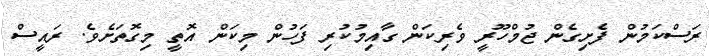
ރަސްކަމުން ފެށިގެން ޖުމްހޫރީ ވެރިކަން ގާއިމުކުރި ފަހުން މިކަން އޮތީ މިގޮތަށެވެ. ރައީސް